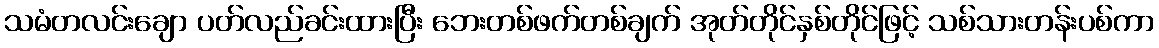
သမံတလင်းချော ပတ်လည်ခင်းထားပြီး ဘေးတစ်ဖက်တစ်ချက် အုတ်တိုင်နှစ်တိုင်ဖြင့် သစ်သားတန်းပစ်ကာ